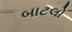
બાટલો